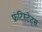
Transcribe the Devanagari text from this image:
फ्रंटिस्टेट्स